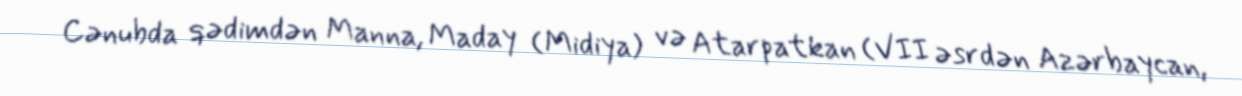
Cənubda qədimdən Manna, Maday (Midiya) və Atarpatkan (VII əsrdən Azərbaycan,